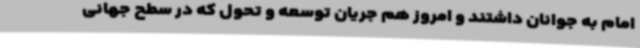
امام به جوانان داشتند و امروز هم جریان توسعه و تحول که در سطح جهانی